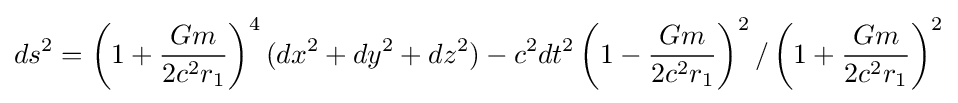
ds^{2}=\left(1+{\frac {Gm}{2c^{2}r_{1}}}\right)^{4}(dx^{2}+dy^{2}+dz^{2})-c^{2}dt^{2}\left(1-{\frac {Gm}{2c^{2}r_{1}}}\right)^{2}/\left(1+{\frac {Gm}{2c^{2}r_{1}}}\right)^{2}